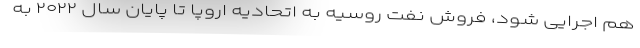
هم اجرایی شود، فروش نفت روسیه به اتحادیه اروپا تا پایان سال ۲۰۲۲ به